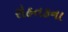
રોહતકના